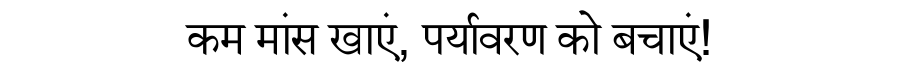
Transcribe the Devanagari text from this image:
कम मांस खाएं, पर्यावरण को बचाएं!